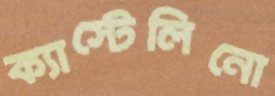
ক্যাস্টেলিনো